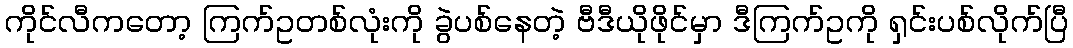
ကိုင်လီကတော့ ကြက်ဥတစ်လုံးကို ခွဲပစ်နေတဲ့ ဗီဒီယိုဖိုင်မှာ ဒီကြက်ဥကို ရှင်းပစ်လိုက်ပြီ